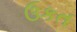
ઉકત